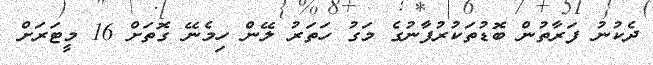
ދެކުނު ފަރާތުން ބޮޑުތަކުރުފާނުގެ މަގު ހަތަރު ލޭން ހިމެނޭ ގޮތަށް 16 މީޓަރަށް